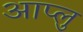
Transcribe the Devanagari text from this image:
आप्लु